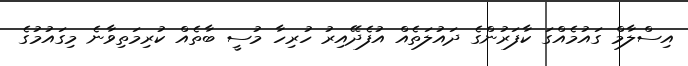
އިސްލާމް ގައުމެއްގަ ކާފަރުންގެ ދައުލަތެއް އުފެދޭއިރު ހުރިހާ މުސީ ބާތެއް ކުރިމަތިވާނެ މިގައުމުގެ